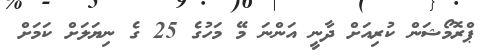
ޕްރޮމޯޝަން ކުރިއަށް ދާނީ އަންނަ މޭ މަހުގެ 25 ގެ ނިޔަލަށް ކަމަށް